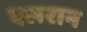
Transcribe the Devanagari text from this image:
एलरान